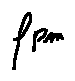
f _ { p m }